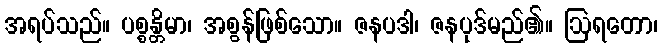
အရပ်သည်။ ပစ္စန္တိမာ၊ အစွန်ဖြစ်သော။ ဇနပဒါ၊ ဇနပုဒ်မည်၏။ ဩရတော၊